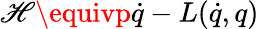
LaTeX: \mathscr{H}\equivp\dot{{q}}-L(\dot{{q}},q)